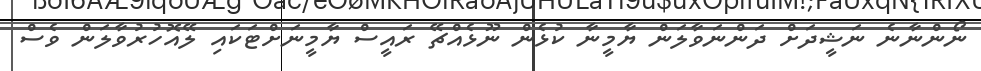
ނޯންނާނެ ނަޝީދަށް ދަންނަވާލަން ޔާމީނާ ކުޅެން ނޫޅެއްޗޭ ރައީސް ޔާމީނަށްޓަކައި ލޭއޮހުރުވާލަން ވެސް